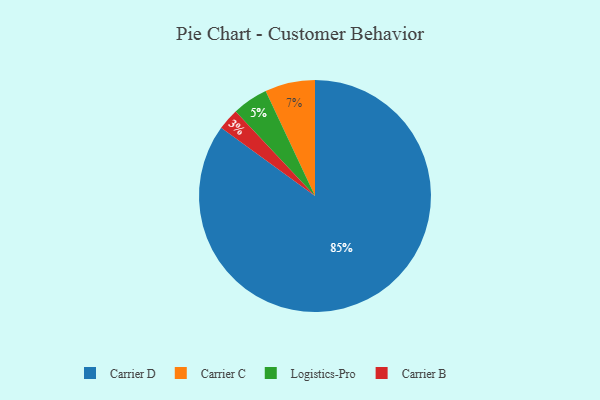
{"axis": {"x": "Category", "y": "Percentage"}, "legend": ["Carrier B", "Carrier C", "Carrier D", "Logistics-Pro"], "data": [{"x": "Carrier C", "y": 7, "type": "Carrier C"}, {"x": "Carrier B", "y": 3, "type": "Carrier B"}, {"x": "Logistics-Pro", "y": 5, "type": "Logistics-Pro"}, {"x": "Carrier D", "y": 85, "type": "Carrier D"}]}